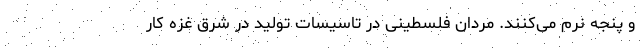
و پنجه نرم می‌کنند. مردان فلسطینی در تاسیسات تولید در شرق غزه کار